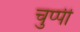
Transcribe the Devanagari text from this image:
चुप्‍पी